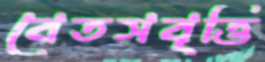
বেতসবৃত্তি